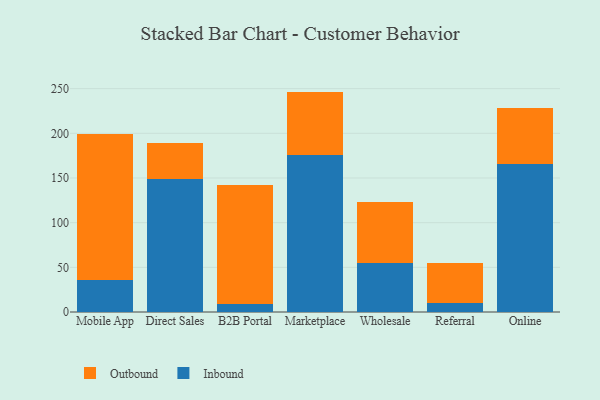
{"axis": {"x": "Channel", "y": "Customer Acquisition Cost (USD)"}, "legend": ["Inbound", "Outbound"], "data": [{"x": "Mobile App", "y": 35.7, "type": "Inbound"}, {"x": "Mobile App", "y": 163.5, "type": "Outbound"}, {"x": "Direct Sales", "y": 148.9, "type": "Inbound"}, {"x": "Direct Sales", "y": 40.4, "type": "Outbound"}, {"x": "B2B Portal", "y": 8.6, "type": "Inbound"}, {"x": "B2B Portal", "y": 133.2, "type": "Outbound"}, {"x": "Marketplace", "y": 175.3, "type": "Inbound"}, {"x": "Marketplace", "y": 71.4, "type": "Outbound"}, {"x": "Wholesale", "y": 54.6, "type": "Inbound"}, {"x": "Wholesale", "y": 68.6, "type": "Outbound"}, {"x": "Referral", "y": 10.1, "type": "Inbound"}, {"x": "Referral", "y": 44.5, "type": "Outbound"}, {"x": "Online", "y": 165.7, "type": "Inbound"}, {"x": "Online", "y": 63.0, "type": "Outbound"}]}